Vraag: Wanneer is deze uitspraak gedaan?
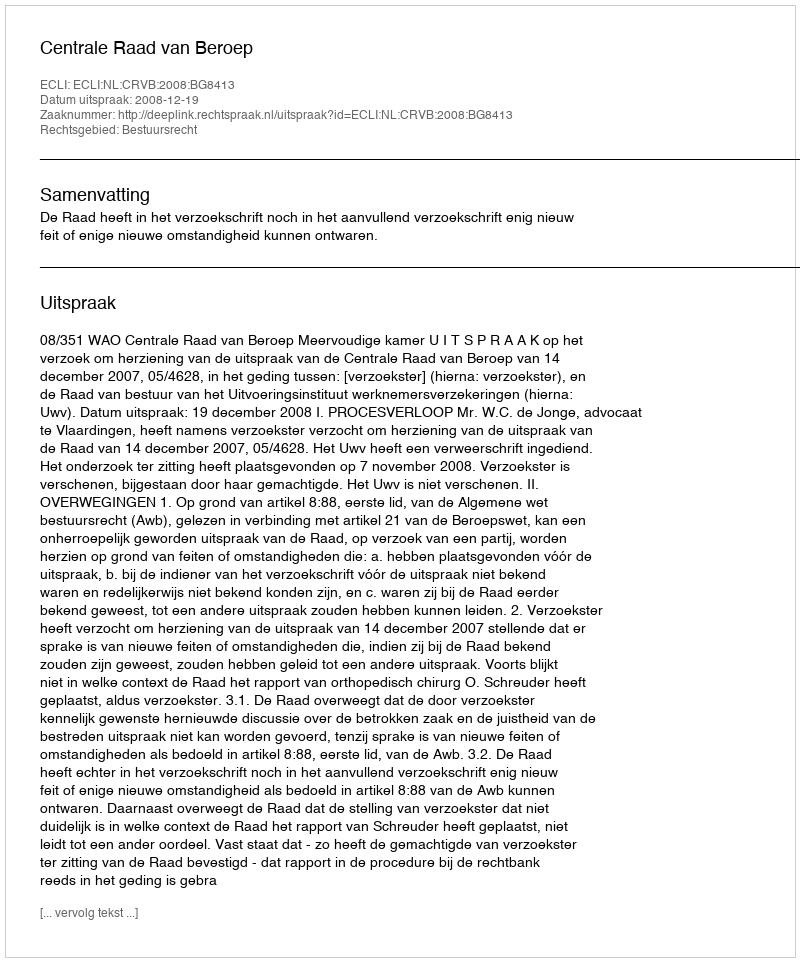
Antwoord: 2008-12-19